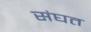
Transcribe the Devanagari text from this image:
संघत